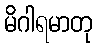
မိဂါရမာတု